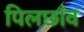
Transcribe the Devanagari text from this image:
पिलछाँव